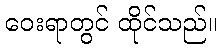
ဝေးရာတွင် ထိုင်သည်။